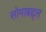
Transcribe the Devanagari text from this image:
सोमाबद्द्ल